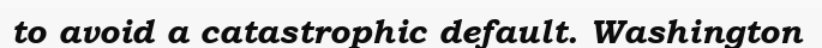
to avoid a catastrophic default. Washington